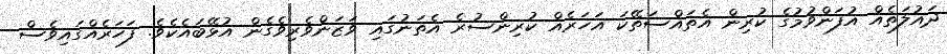
ދައުލަތެއް އުފަންވުމުގެ ކުރިން އެތައްސަތޭކަ އަހަރެއް ކުރިންސުރެ އެތަނުގައި ވަޒަންވެރިވެގެން އުޅޭބައެކެވެ. ފަހަރެއްގައިވެސް